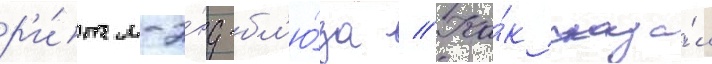
р'и́тм-э́нд-бл'ю́за // Ка́к сказа́л